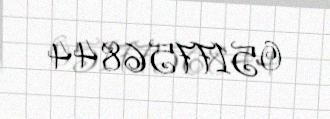
0517756844